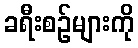
ခရီးစဉ်များကို